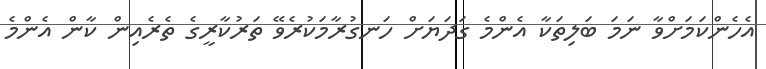
އެހެންކަމަށްވާ ނަމަ ބަލިތަކާ އެންމެ ގަދަޔަށް ހަނގުރާމަކުރެވޭ ތަރުކާރީގެ ތެރެއިން ކާން އެންމެ